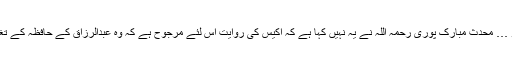
چاہے کام ہو یا نہ ہو … محدث مبارک پوری رحمہ اللہ نے یہ نہیں کہا ہے کہ اکیس کی روایت اس لئے مرجوح ہے کہ وہ عبدالرزاق کے حافظہ کے تغیر کے بعد کی ہے ۔